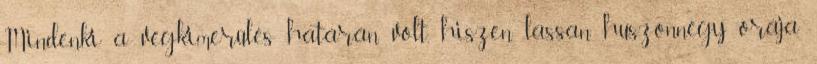
Mindenki a végkimerülés határán volt, hiszen lassan huszonnégy órája